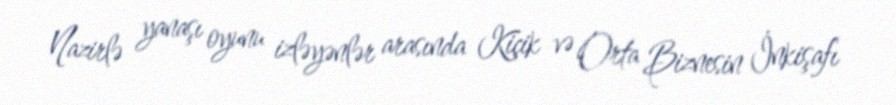
Nazirlə yanaşı oyunu izləyənlər arasında Kiçik və Orta Biznesin İnkişafı